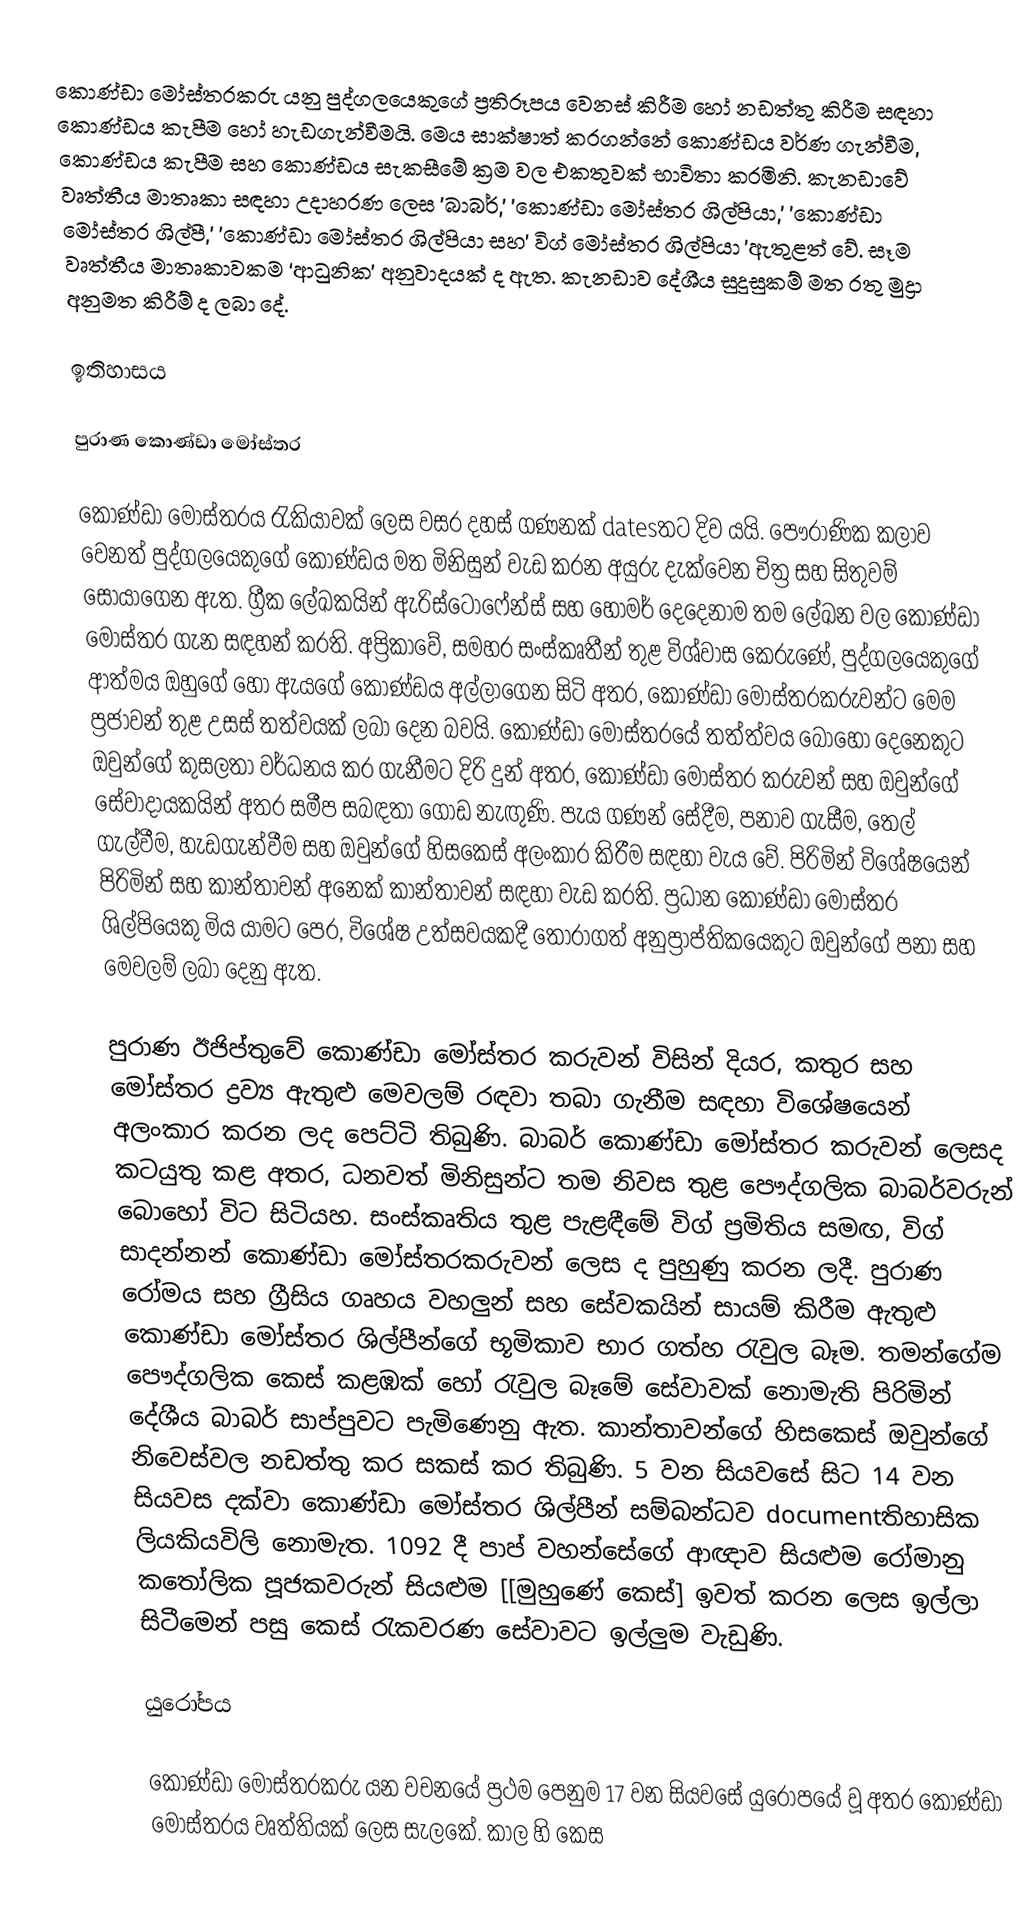
කොණ්ඩා මෝස්තරකරු යනු පුද්ගලයෙකුගේ ප්‍රතිරූපය වෙනස් කිරීම හෝ නඩත්තු කිරීම සඳහා කොණ්ඩය කැපීම හෝ හැඩගැන්වීමයි. මෙය සාක්ෂාත් කරගන්නේ කොණ්ඩය වර්ණ ගැන්වීම, කොණ්ඩය කැපීම සහ කොණ්ඩය සැකසීමේ ක්‍රම වල එකතුවක් භාවිතා කරමිනි. කැනඩාවේ වෘත්තීය මාතෘකා සඳහා උදාහරණ ලෙස 'බාබර්,' 'කොණ්ඩා මෝස්තර ශිල්පියා,' 'කොණ්ඩා මෝස්තර ශිල්පී,' 'කොණ්ඩා මෝස්තර ශිල්පියා සහ' විග් මෝස්තර ශිල්පියා 'ඇතුළත් වේ. සෑම වෘත්තීය මාතෘකාවකම ‘ආධුනික’ අනුවාදයක් ද ඇත. කැනඩාව දේශීය සුදුසුකම් මත රතු මුද්‍රා අනුමත කිරීම් ද ලබා දේ.

ඉතිහාසය

පුරාණ කොණ්ඩා මෝස්තර

කොණ්ඩා මෝස්තරය රැකියාවක් ලෙස වසර දහස් ගණනක් datesතට දිව යයි. පෞරාණික කලාව වෙනත් පුද්ගලයෙකුගේ කොණ්ඩය මත මිනිසුන් වැඩ කරන අයුරු දැක්වෙන චිත්‍ර සහ සිතුවම් සොයාගෙන ඇත. ග්‍රීක ලේඛකයින් ඇරිස්ටෝෆේන්ස් සහ හෝමර් දෙදෙනාම තම ලේඛන වල කොණ්ඩා මෝස්තර ගැන සඳහන් කරති. අප්‍රිකාවේ, සමහර සංස්කෘතීන් තුළ විශ්වාස කෙරුණේ, පුද්ගලයෙකුගේ ආත්මය ඔහුගේ හෝ ඇයගේ කොණ්ඩය අල්ලාගෙන සිටි අතර, කොණ්ඩා මෝස්තරකරුවන්ට මෙම ප්‍රජාවන් තුළ උසස් තත්වයක් ලබා දෙන බවයි. කොණ්ඩා මෝස්තරයේ තත්ත්වය බොහෝ දෙනෙකුට ඔවුන්ගේ කුසලතා වර්ධනය කර ගැනීමට දිරි දුන් අතර, කොණ්ඩා මෝස්තර කරුවන් සහ ඔවුන්ගේ සේවාදායකයින් අතර සමීප සබඳතා ගොඩ නැඟුණි. පැය ගණන්  සේදීම, පනාව ගැසීම, තෙල් ගැල්වීම, හැඩගැන්වීම සහ ඔවුන්ගේ හිසකෙස් අලංකාර කිරීම සඳහා වැය වේ. පිරිමින් විශේෂයෙන් පිරිමින් සහ කාන්තාවන් අනෙක් කාන්තාවන් සඳහා වැඩ කරති. ප්‍රධාන කොණ්ඩා මෝස්තර ශිල්පියෙකු මිය යාමට පෙර, විශේෂ උත්සවයකදී තෝරාගත් අනුප්‍රාප්තිකයෙකුට ඔවුන්ගේ පනා සහ මෙවලම් ලබා දෙනු ඇත.

පුරාණ ඊජිප්තුවේ කොණ්ඩා මෝස්තර කරුවන් විසින් දියර, කතුර සහ මෝස්තර ද්‍රව්‍ය ඇතුළු මෙවලම් රඳවා තබා ගැනීම සඳහා විශේෂයෙන් අලංකාර කරන ලද පෙට්ටි තිබුණි. බාබර් කොණ්ඩා මෝස්තර කරුවන් ලෙසද කටයුතු කළ අතර, ධනවත් මිනිසුන්ට තම නිවස තුළ පෞද්ගලික බාබර්වරුන් බොහෝ විට සිටියහ. සංස්කෘතිය තුළ පැළඳීමේ විග් ප්‍රමිතිය සමඟ, විග් සාදන්නන් කොණ්ඩා මෝස්තරකරුවන් ලෙස ද පුහුණු කරන ලදී. පුරාණ රෝමය සහ  ග්‍රීසිය ගෘහය  වහලුන් සහ  සේවකයින්  සායම් කිරීම ඇතුළු කොණ්ඩා මෝස්තර ශිල්පීන්ගේ භූමිකාව භාර ගත්හ රැවුල බෑම. තමන්ගේම පෞද්ගලික කෙස් කළඹක් හෝ රැවුල බෑමේ සේවාවක් නොමැති පිරිමින් දේශීය බාබර් සාප්පුවට පැමිණෙනු ඇත. කාන්තාවන්ගේ හිසකෙස් ඔවුන්ගේ නිවෙස්වල නඩත්තු කර සකස් කර තිබුණි. 5 වන සියවසේ සිට 14 වන සියවස දක්වා කොණ්ඩා මෝස්තර ශිල්පීන් සම්බන්ධව documentතිහාසික ලියකියවිලි නොමැත. 1092 දී පාප් වහන්සේගේ ආඥාව සියළුම රෝමානු කතෝලික පූජකවරුන් සියළුම [[මුහුණේ කෙස්] ඉවත් කරන ලෙස ඉල්ලා සිටීමෙන් පසු කෙස් රැකවරණ සේවාවට ඉල්ලුම වැඩුණි.

යුරෝපය

කොණ්ඩා මෝස්තරකරු යන වචනයේ ප්‍රථම පෙනුම 17 වන සියවසේ යුරෝපයේ වූ අතර කොණ්ඩා මෝස්තරය වෘත්තියක් ලෙස සැලකේ.  කාල හි කෙස